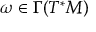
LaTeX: \omega \in \Gamma ( T ^ { * } M )